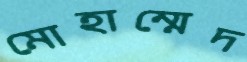
মোহাম্মেদ